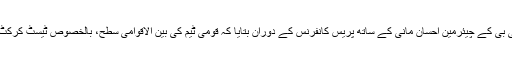
وسیم خان نے لاہور میں پی سی بی کے چیئرمین احسان مانی کے ساتھ پریس کانفرنس کے دوران بتایا کہ قومی ٹیم کی بین الاقوامی سطح، بالخصوص ٹیسٹ کرکٹ میں کارکردگی بہتر نہیں ہے۔